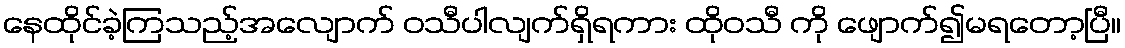
နေထိုင်ခဲ့ကြသည့်အလျောက် ဝသီပါလျက်ရှိရကား ထိုဝသီ ကို ဖျောက်၍မရတော့ပြီ။